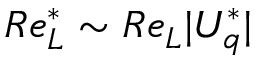
R e _ { L } ^ { * } \sim R e _ { L } | U _ { q } ^ { * } |